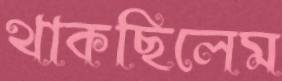
থাকছিলেম